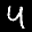
Label: 4